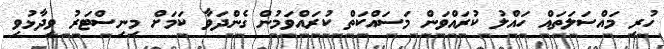
ހުރި މައްސަލަތައް ހައްލު ކުރައްވަން މަސައްކަތް ކުރައްވަމުން ގެންދަވާ ކަމަށް މިނިސްޓަރު ވިދާޅުވި